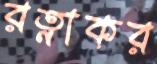
রত্নাকর